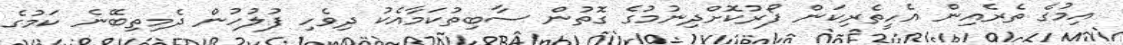
އިމުގެ ތެރެއިން އެހީތެރިކަން ފޯރުކޮށްދިނުމުގެ ގޮތުން ސާބިތުކަމާއެކު ދިވެހި ފުލުހުން ދެމިތިބޭނެ ކަމުގެ